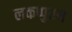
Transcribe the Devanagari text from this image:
लकप्पुरम